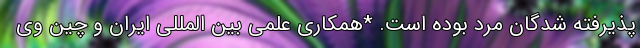
پذیرفته شدگان مرد بوده است. *همکاری علمی بین المللی ایران و چین وی